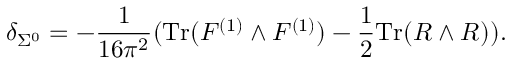
\delta _ { \Sigma ^ { 0 } } = - \frac { 1 } { 1 6 \pi ^ { 2 } } ( \mathrm { T r } ( F ^ { ( 1 ) } \wedge F ^ { ( 1 ) } ) - \frac { 1 } { 2 } \mathrm { T r } ( R \wedge R ) ) .